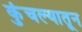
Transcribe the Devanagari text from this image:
कुंचल्यातून